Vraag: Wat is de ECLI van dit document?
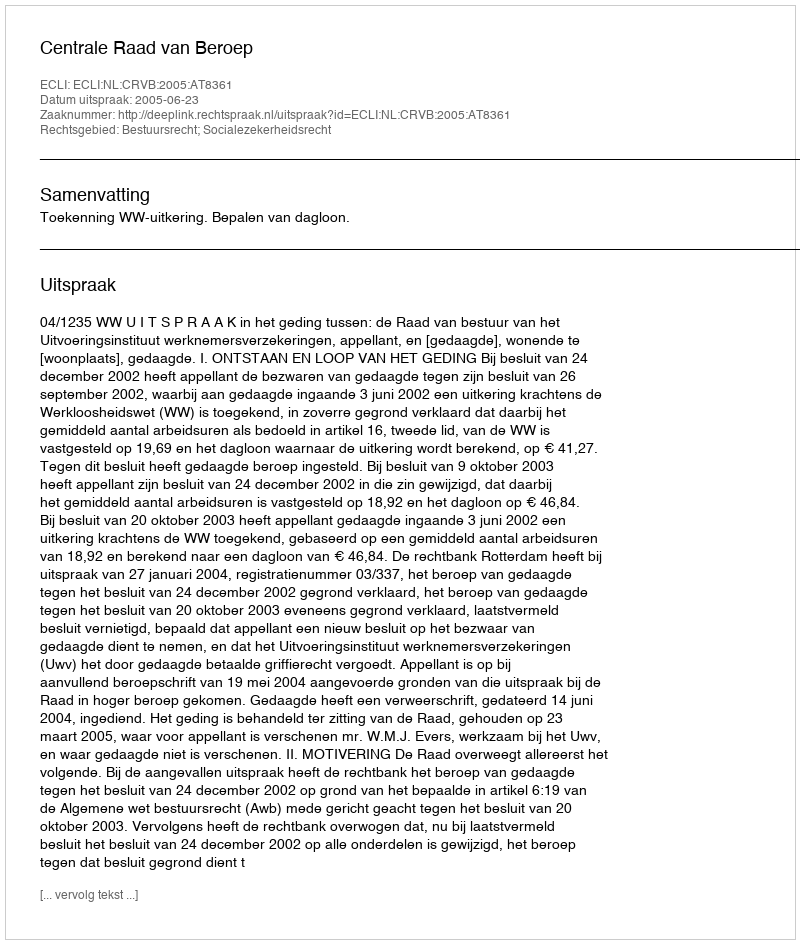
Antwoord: ECLI:NL:CRVB:2005:AT8361